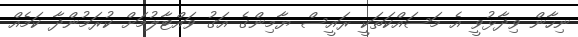
ނިހާން ވިދާޅުވީ އެ މަސައްކަތަކީ ރައީސް ޔާމިންގެ އަގު ވައްޓާލުމަށް ކުރަމުންދާ ކަމެއް